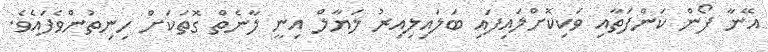
އޭނާ ފޯން ކަންފަތާއި ވަކިކޮށްލައިފައި ބަލައިލިއިރު ލަޔާލް އިނީ ލާނެތް ގޮތަކަށް ހިނިތުންވެފައެވެ.